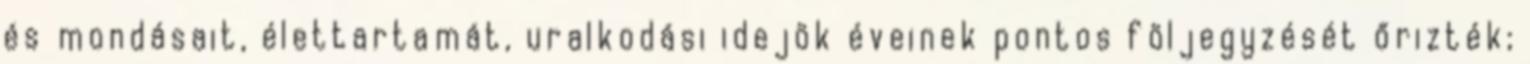
és mondásait, élettartamát, uralkodási idejök éveinek pontos följegyzését őrizték;